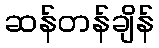
ဆန်တန်ချိန်